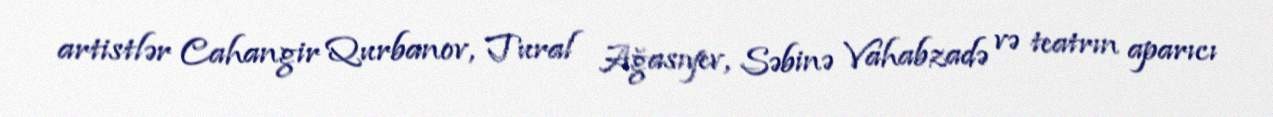
artistlər Cahangir Qurbanov, Tural Ağasıyev, Səbinə Vahabzadə və teatrın aparıcı